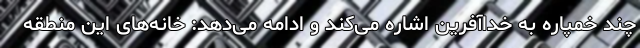
چند خمپاره به خداآفرین اشاره می‌کند و ادامه می‌دهد: خانه‌های این منطقه